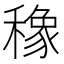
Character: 𮃯